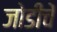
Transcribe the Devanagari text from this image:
जोडीचें